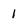
Character: 1